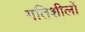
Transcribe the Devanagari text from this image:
गतिशीलों